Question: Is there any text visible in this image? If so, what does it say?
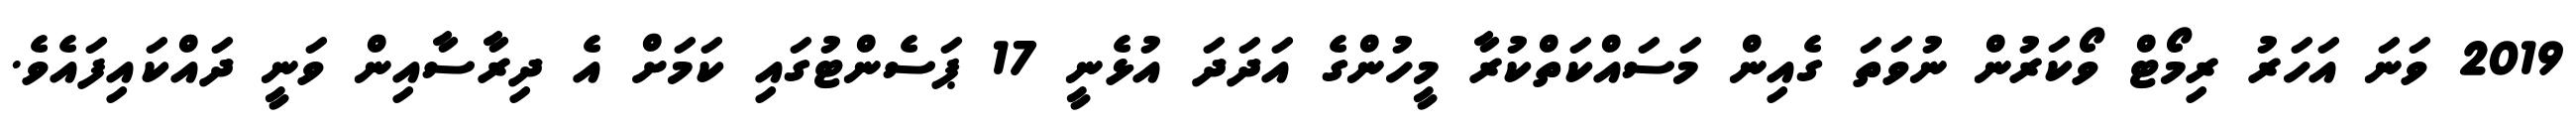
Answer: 2019 ވަނަ އަހަރު ރިމޯޓް ވޯކަރުން ނުވަތަ ގެއިން މަސައްކަތްކުރާ މީހުންގެ އަދަދަ އުޅެނީ 17 ޕަސެންޓުގައި ކަމަށް އެ ދިރާސާއިން ވަނީ ދައްކައިފައެވެ.